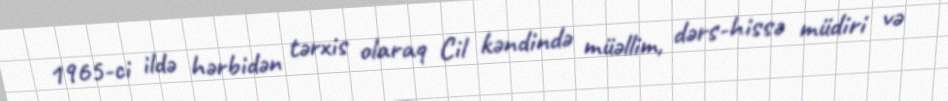
1965-ci ildə hərbidən tərxis olaraq Cil kəndində müəllim, dərs-hissə müdiri və